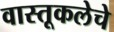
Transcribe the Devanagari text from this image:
वास्तूकलेचे